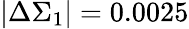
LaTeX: |\Delta\Sigma_{1}|=0.0025